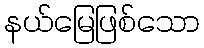
နယ်မြေဖြစ်သော